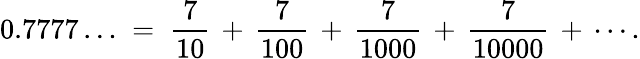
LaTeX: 0.7777\ldots\; =\; {\frac{7}{10}}\, +\, {\frac{7}{100}}\, +\, {\frac{7}{1000}}\, +\, {\frac{7}{10000}}\, +\, \cdots.